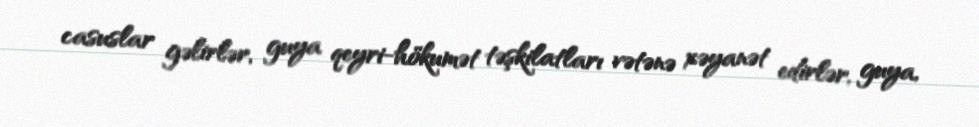
casuslar gəlirlər, guya qeyri-hökumət təşkilatları vətənə xəyanət edirlər, guya,